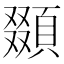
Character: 䫎